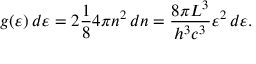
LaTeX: g ( \varepsilon ) \, d \varepsilon = 2 { \frac { 1 } { 8 } } 4 \pi n ^ { 2 } \, d n = { \frac { 8 \pi L ^ { 3 } } { h ^ { 3 } c ^ { 3 } } } \varepsilon ^ { 2 } \, d \varepsilon .